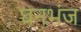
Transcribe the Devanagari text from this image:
घनभंज